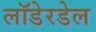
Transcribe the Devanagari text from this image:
लॉडेरडेल